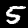
Label: 5